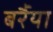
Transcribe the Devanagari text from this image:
बर्रैया